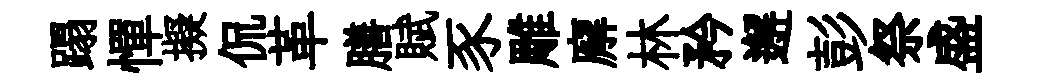
蹋憚擬侃革膳賦豕雕廨林矜邂彭祭盛